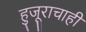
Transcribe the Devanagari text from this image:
हुजूराचाही